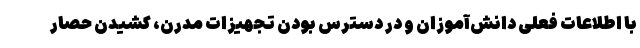
با اطلاعات فعلی دانش‌آموزان و در دسترس بودن تجهیزات مدرن، کشیدن حصار